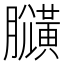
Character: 𪏍